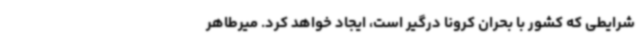
شرایطی که کشور با بحران کرونا درگیر است، ایجاد خواهد کرد. میرطاهر